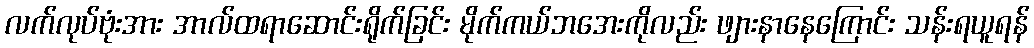
လက်လုပ်ဗုံးအား အာလ်ထရာဆောင်းရိုက်ခြင်း မိုက်ကယ်ဘအေးကိုလည်း ဖျားနာနေကြောင်း သန်းရယူရန်